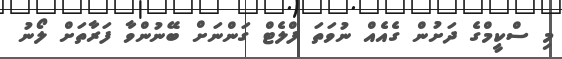
މި ސްކީމްގެ ދަށުން ގެއެއް ނުވަތަ ފްލެޓް ގަންނަށް ބޭނުންވާ ފަރާތަށް ލޯނު